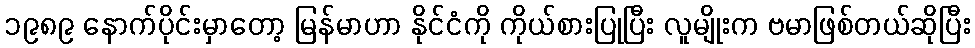
၁၉၈၉ နောက်ပိုင်းမှာတော့ မြန်မာဟာ နိုင်ငံကို ကိုယ်စားပြုပြီး လူမျိုးက ဗမာဖြစ်တယ်ဆိုပြီး